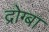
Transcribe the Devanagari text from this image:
द्रोग्बा